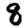
Digit: 8